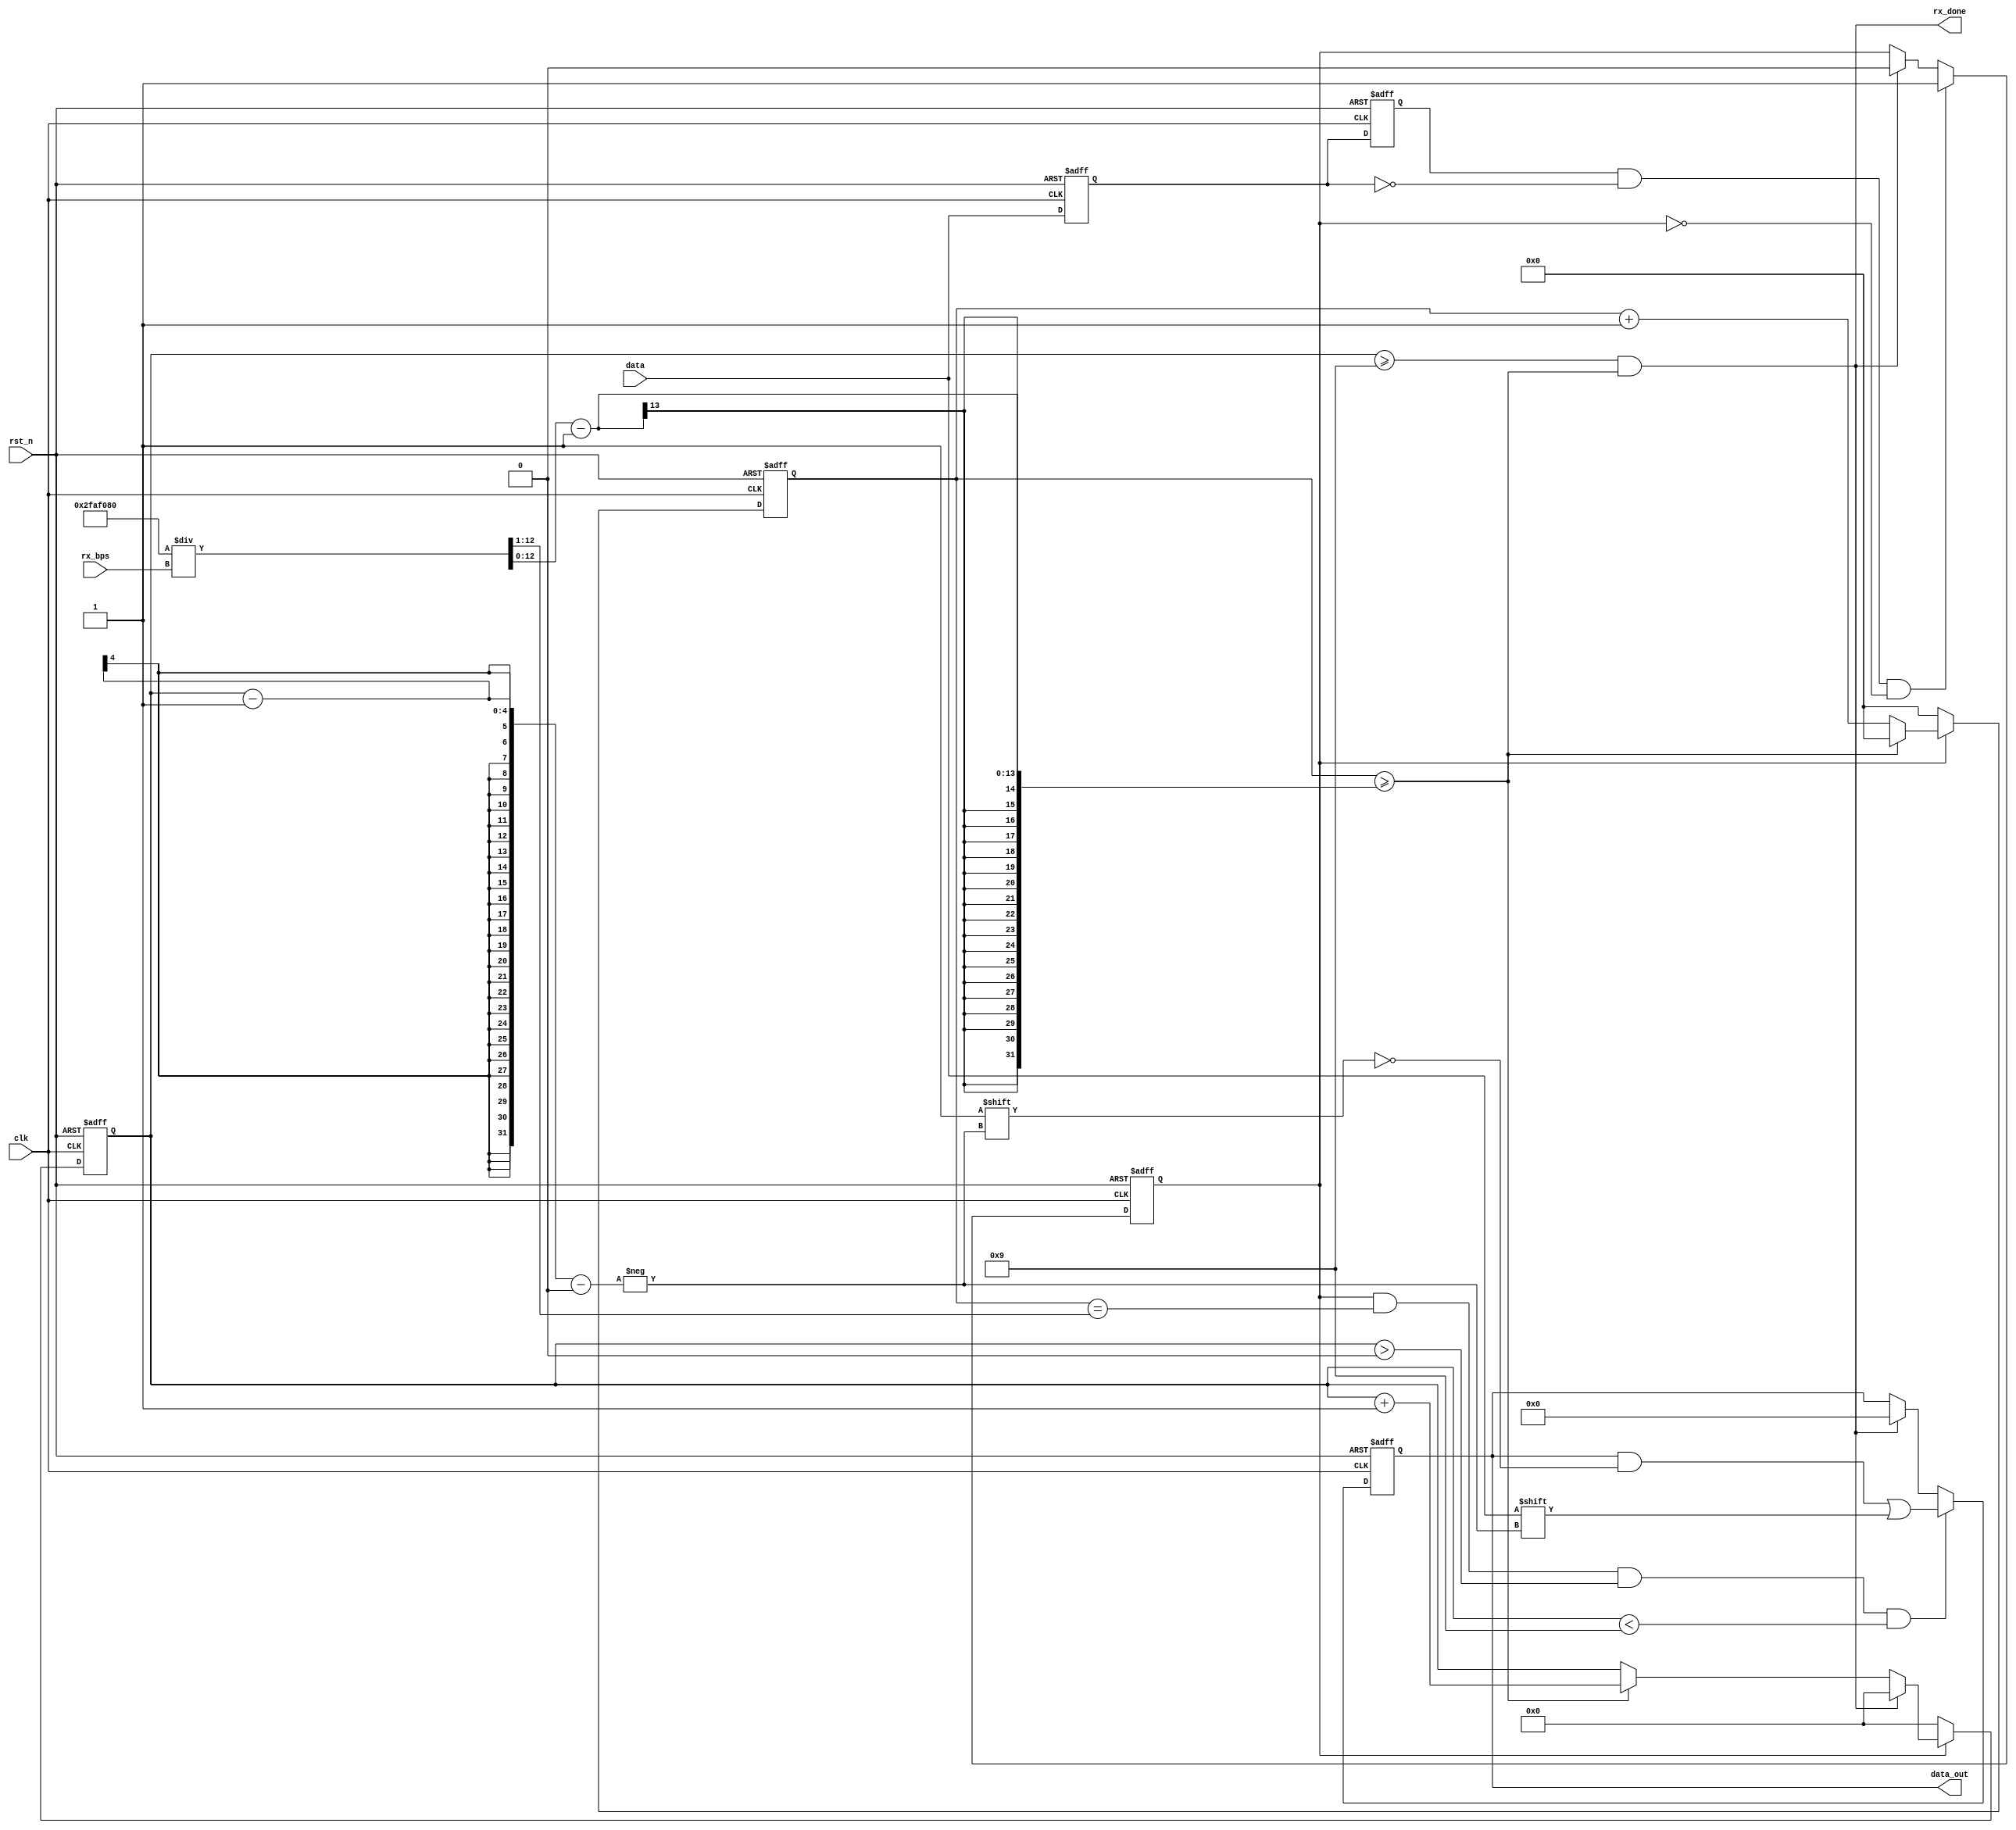
module uart_rx (input			wire						clk,    
                input			wire						rst_n,

                input			wire						data, //
                input			wire		[ 19:0 ]		rx_bps,//
                output			wire		[ 07:0 ]		data_out,//
                output			wire						rx_done //
                );


localparam MAX_BIT = 10;

reg								data_r1			            ;       //,
reg								data_r2			            ;
reg			[ 12:0 ]			cnt_bps			            ;                   //
reg			[ 03:0 ]			cnt_bit			            ;                   //
reg			[ 07:0 ]			data_out_r			        ;
reg							    flag_enable_cnt_bit			;       //

wire		[ 12:0 ]			max_bps			            ;                   
wire							flag_clear_cnt_bps			;       //
wire							flag_add_cnt_bit			;       //+1
wire							flag_clear_cnt_bit			;       //
wire							flag_begin_cnt_bit			;       //
wire							flag_begin_sample			;       //
wire							flag_enable_cnt_bps			;       

//
always @( posedge clk or negedge rst_n ) begin
    if ( !rst_n ) begin
        cnt_bps <= 0;
    end
    else if ( flag_enable_cnt_bps ) begin
        if ( flag_clear_cnt_bps ) begin
            cnt_bps <= 0;
        end
        else begin
            cnt_bps <= cnt_bps + 1;
        end
    end
    else begin
        cnt_bps <= 0;
    end
end
assign flag_enable_cnt_bps = flag_enable_cnt_bit;
assign flag_clear_cnt_bps = cnt_bps >= max_bps -1;
assign max_bps            = 50_000_000 / rx_bps;

// ,
always @( posedge clk or negedge rst_n ) begin
    if ( !rst_n ) begin
        flag_enable_cnt_bit <= 0;
    end
    else if ( flag_begin_cnt_bit ) begin
        flag_enable_cnt_bit <= 1;
    end
    else if ( flag_clear_cnt_bit ) begin
        flag_enable_cnt_bit <= 0;
        end
    else begin
        flag_enable_cnt_bit <= flag_enable_cnt_bit;
    end
    
end

//bit
always @( posedge clk or negedge rst_n ) begin
    if ( !rst_n ) begin
        cnt_bit <= 0;
    end
    else if ( flag_enable_cnt_bit ) begin
        if ( flag_clear_cnt_bit ) begin
            cnt_bit <= 0;
        end
        else if ( flag_add_cnt_bit ) begin
            cnt_bit <= cnt_bit + 1;
        end
        else begin
            cnt_bit <= cnt_bit;
        end
    end
    else begin
        cnt_bit <= 0;
    end
end

assign flag_clear_cnt_bit  = cnt_bit >= MAX_BIT - 1 && flag_clear_cnt_bps;
assign flag_add_cnt_bit =  flag_clear_cnt_bps;

//
always @( posedge clk or negedge rst_n ) begin
    if ( !rst_n ) begin
        data_r1 <= 1;
        data_r2 <= 1;
    end
    else begin
        data_r1 <= data_r2;
        data_r2 <= data;
    end
end
assign flag_begin_cnt_bit = data_r1 && ~data_r2 && ~flag_enable_cnt_bit;

//
always @(posedge clk or negedge rst_n) begin
    if(!rst_n) begin
        data_out_r <= 8'b0;
    end
    else if(flag_begin_sample) begin
        data_out_r [cnt_bit - 1] = data;//
    end
    else if(flag_clear_cnt_bit) begin
        data_out_r<= 0;
    end
end

//1~8bit
assign flag_begin_sample = flag_enable_cnt_bit && cnt_bps == max_bps >>1 && cnt_bit >0  && cnt_bit < 9;
assign rx_done = flag_clear_cnt_bit;
assign data_out = data_out_r;

endmodule // uart_rx